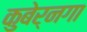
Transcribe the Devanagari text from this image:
कुबेर्नगा